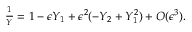
\begin{array} { r } { \frac { 1 } { Y } = 1 - \epsilon Y _ { 1 } + \epsilon ^ { 2 } ( - Y _ { 2 } + Y _ { 1 } ^ { 2 } ) + O ( \epsilon ^ { 3 } ) . } \end{array}